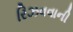
રિઝવવાની